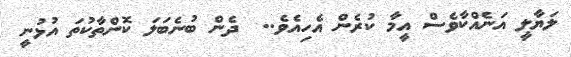
ލަޔާލީ އަނެއްކާވެސް އީމާ ކުރެން އެހިއެވެ..  ދެން ބުނެބަލަ ކޮންތާކުތަ އުޅުނީ